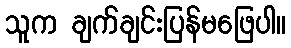
သူက ချက်ချင်းပြန်မဖြေပါ။